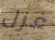
غزل